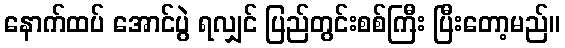
နောက်ထပ် အောင်ပွဲ ရလျှင် ပြည်တွင်းစစ်ကြီး ပြီးတော့မည်။